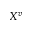
X ^ { v }